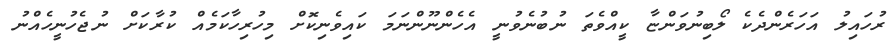
ރުހައިލު އަހަރެންދެކެ ލޯބިނުވަންޏާ ކީއްވެތަ ނުބުނެވުނީ އެހެންނޫންނަމަ ކައިވެނިކޮށް މިހުރިހާކަމެއް ކުރާކަށް ނުޖެހުނީހެއްނު